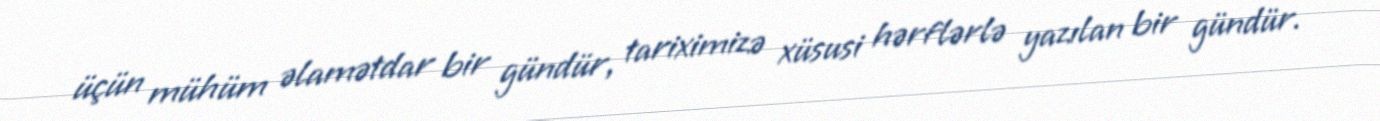
üçün mühüm əlamətdar bir gündür, tariximizə xüsusi hərflərlə yazılan bir gündür.